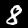
Digit: 8